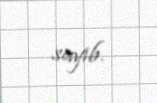
sayıb.